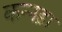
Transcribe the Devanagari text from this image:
कन्नड़ा